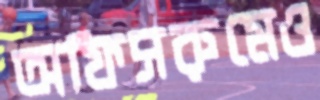
অফিসরুমেও